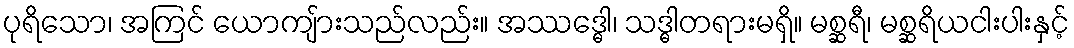
ပုရိသော၊ အကြင် ယောကျ်ားသည်လည်း။ အဿဒ္ဓေါ၊ သဒ္ဓါတရားမရှိ။ မစ္ဆရီ၊ မစ္ဆရိယငါးပါးနှင့်